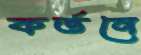
কর্তনে